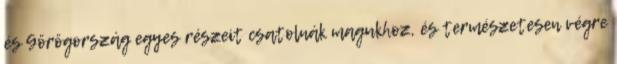
és Görögország egyes részeit csatolnák magukhoz, és természetesen végre